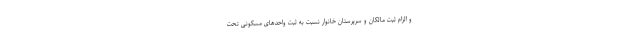
و الزام ثبت مالکان و سرپرستان خانوار نسبت به ثبت واحدهای مسکونی تحت